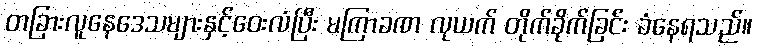
တခြားလူနေဒေသများနှင့်ဝေးလံပြီး မကြာခဏ လုယက် တိုက်ခိုက်ခြင်း ခံနေရသည်။